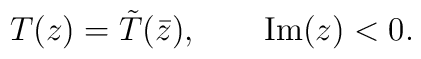
T(z) = \tilde T(\bar z), \qquad {\rm Im}(z) < 0.